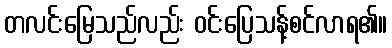
တလင်းမြေသည်လည်း ဝင်းပြေသန့်စင်လာရ၏။